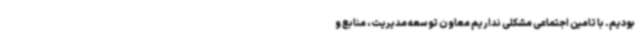
بودیم. با تامین اجتماعی مشکلی نداریم معاون توسعه مدیریت، منابع و